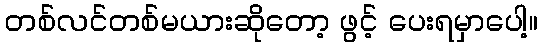
တစ်လင်တစ်မယားဆိုတော့ ဖွင့် ပေးရမှာပေါ့။